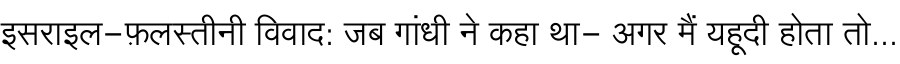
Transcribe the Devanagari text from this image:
इसराइल-फ़लस्तीनी विवाद: जब गांधी ने कहा था- अगर मैं यहूदी होता तो...